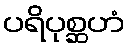
ပရိပုစ္ဆဟံ